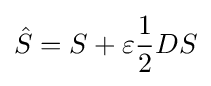
{\hat {S}}=S+\varepsilon {\frac {1}{2}}DS